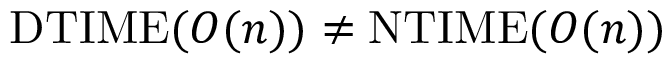
\mathrm { D T I M E } ( O ( n ) ) \neq \mathrm { N T I M E } ( O ( n ) )